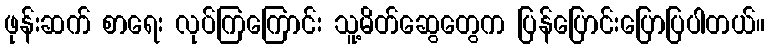
ဖုန်းဆက် စာရေး လုပ်ကြကြောင်း သူ့မိတ်ဆွေတွေက ပြန်ပြောင်းပြောပြပါတယ်။